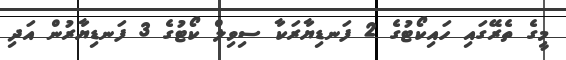
މީގެ ތެރޭގައި ހައިކޯޓުގެ 2 ފަނޑިޔާރަކާ ސިވިލް ކޯޓުގެ 3 ފަނޑިޔާރުން އަދި